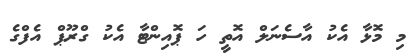
މި މޮޅާ އެކު އާސެނަލް އޮތީ ހަ ޕޮއިންޓާ އެކު ގްރޫޕް އެފްގެ